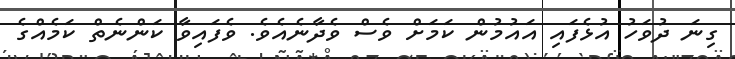
ގިނަ ދުވަހު އުޅެފައި އައުމުން ކަމަށް ވެސް ވެދާނެއެވެ. ވެފައިވާ ކަންނެތް ކަމެއްގެ